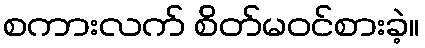
စကားလက် စိတ်မဝင်စားခဲ့။